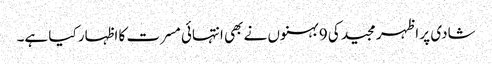
شادی پر اظہر مجید کی 9 بہنوں نے بھی انتہائی مسرت کا اظہار کیا ہے۔